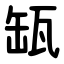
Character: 缻